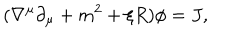
( \nabla ^ { \mu } \partial _ { \mu } + m ^ { 2 } + \xi R ) \phi = J ,